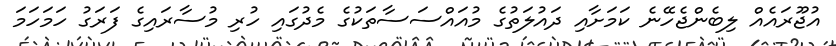
އުޖޫރައެއް ލިބެންޖެހޭނެ ކަަމަށާއި ދައުލަތުގެ މުއައްސަސާތަކުގެ މެދުގައި ހުރި މުސާރައިގެ ފަރަގު ހަމަހަމަ